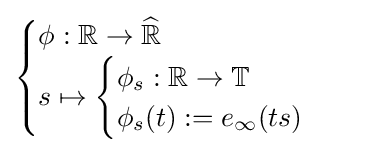
{\begin{cases}\phi :\mathbb {R} \to {\widehat {\mathbb {R} }}\\s\mapsto {\begin{cases}\phi _{s}:\mathbb {R} \to \mathbb {T} \\\phi _{s}(t):=e_{\infty }(ts)\end{cases}}\end{cases}}